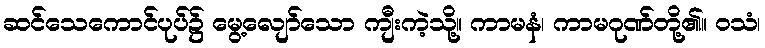
ဆင်သေကောင်ပုပ်၌ မွေ့လျော်သော ကျီးကဲ့သို့။ ကာမနံ၊ ကာမဂုဏ်တို့၏။ ဝသံ၊